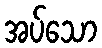
အပ်သော